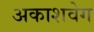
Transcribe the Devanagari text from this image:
अकाशवेग